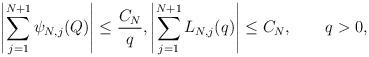
LaTeX: \begin{align*} \left\vert \sum_{j=1}^{N+1} \psi_{N,j}(Q)\right\vert \leq \frac{C_{N}}{q},\left\vert \sum_{j=1}^{N+1} L_{N,j}(q)\right\vert \leq C_{N}, \qquad q>0,\end{align*}